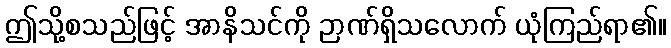
ဤသို့စသည်ဖြင့် အာနိသင်ကို ဉာဏ်ရှိသလောက် ယုံကြည်ရာ၏။